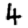
Digit: 4